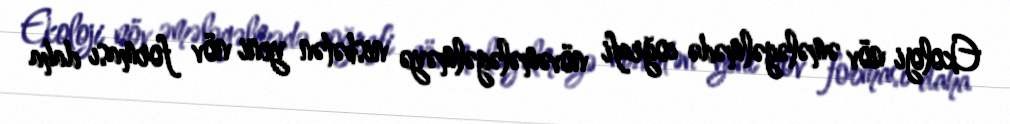
Ekoloji növ əmələgəlmədə coğrafi növəmələgəlməyə nisbətən yeni növ forması daha